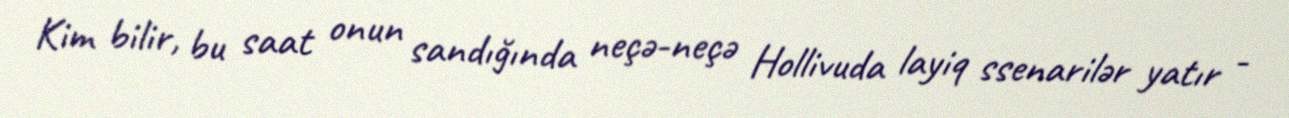
Kim bilir, bu saat onun sandığında neçə-neçə Hollivuda layiq ssenarilər yatır -